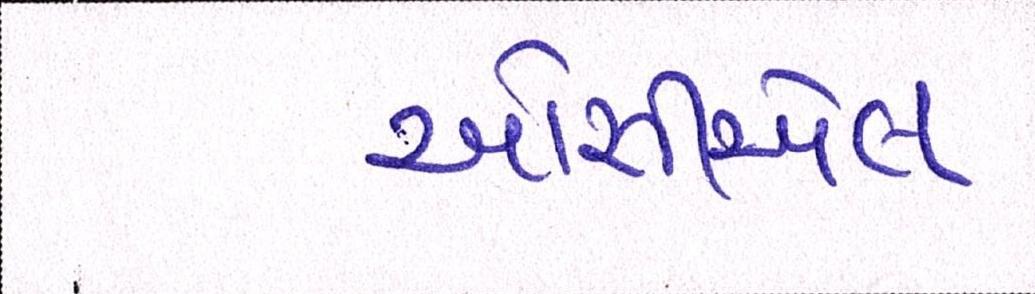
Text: ઓસીએલ